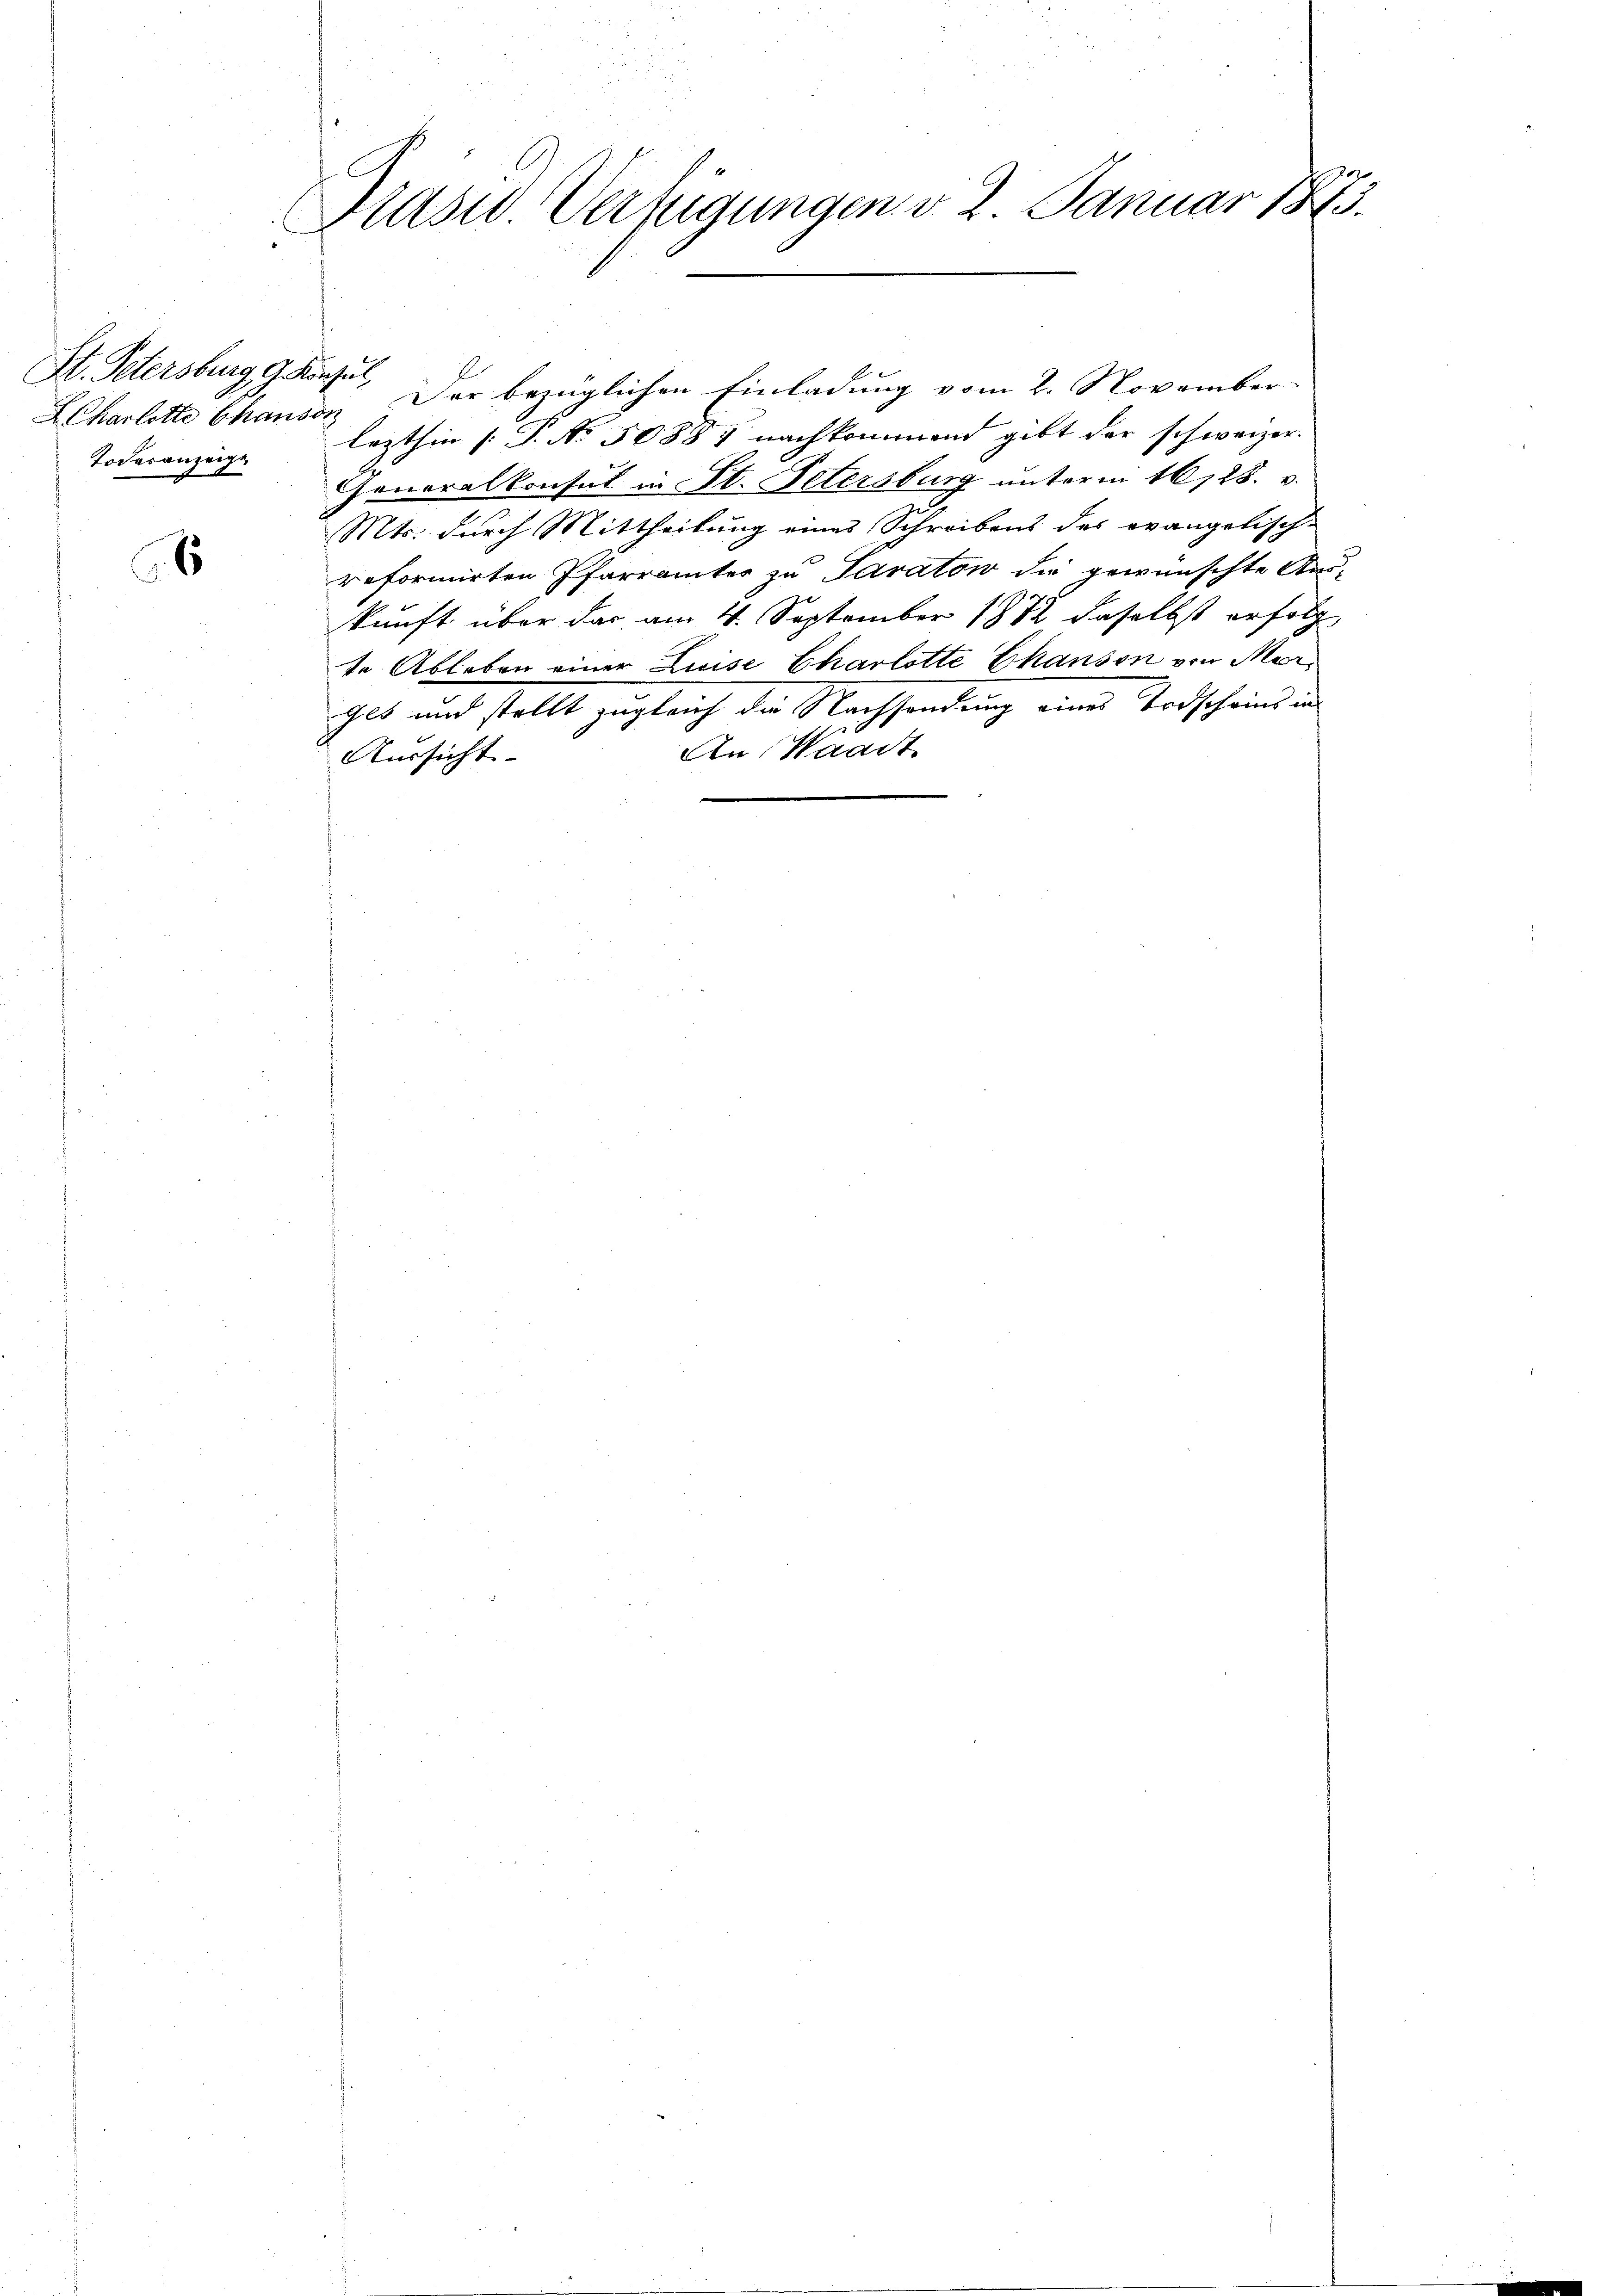
St. Petersburg G. Konsul,
Todesanzeige

6

29
Präsid. Verfügungen v. 2. Januar 1873.

LCharlotte Chausen. Der bezüglichen Einladung vom 2. November
lezthin (T. No 30881 nachkommend gibt der schweizer.
Generalkonsul in St. Petersburg unterm 16/25. v.
Mts. durch Mittheilung eines Schreibens des evangelisch-
reformirten Pfarramtes zu Parator die gewünschte Aus-
kunft über das am 4. September 1882 daselbst erfolgte Ableben einer Luise Charlotte Chanson von Mer
geb und stellt zugleich die Nachsendung eines Todscheins in
An Waadt
Aussicht